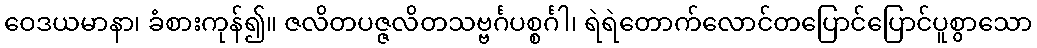
ဝေဒယမာနာ၊ ခံစားကုန်၍။ ဇလိတပဇ္ဇလိတသဗ္ဗင်္ဂပစ္စင်္ဂါ၊ ရဲရဲတောက်လောင်တပြောင်ပြောင်ပူစွာသော